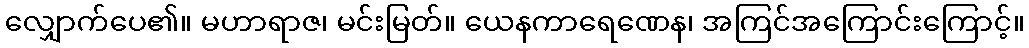
လျှောက်ပေ၏။ မဟာရာဇ၊ မင်းမြတ်။ ယေနကာရေဏေန၊ အကြင်အကြောင်းကြောင့်။